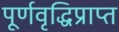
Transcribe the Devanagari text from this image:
पूर्णवृद्धिप्राप्त